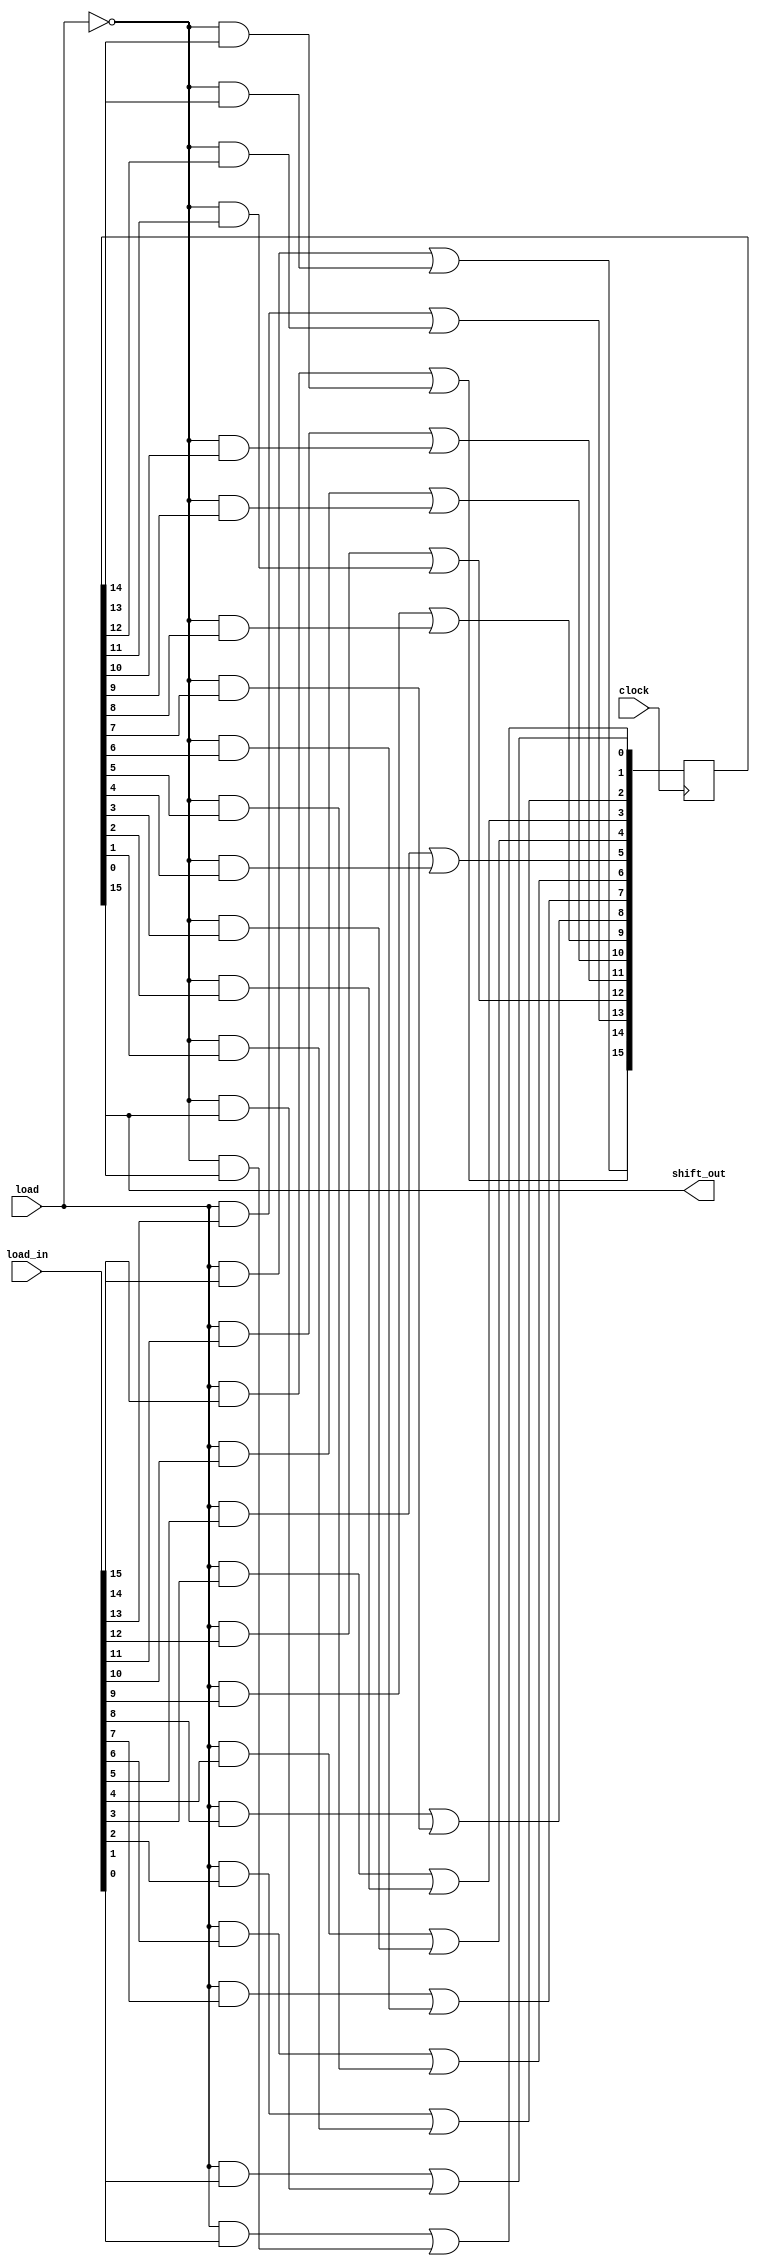
`timescale 1ns / 1ps
//////////////////////////////////////////////////////////////////////////////////
// Company: 
// Engineer: 
// 
// Design Name: 
// Module Name: circ_shift_reg_16bits
// Project Name: 
// Target Devices: 
// Tool Versions: 
// Description: 
// 
// Dependencies: 
// 
// Revision:
// Revision 0.01 - File Created
// Additional Comments:
// 
//////////////////////////////////////////////////////////////////////////////////


module circ_shift_reg_16bits(load_in, load, clock, shift_out);
    input   wire    [15:0]  load_in;
    input   wire    load, clock;
    output  wire    shift_out;
            wire    shift;
            reg     [15:0]  D;
    
    assign  shift = ~load;
            
    always@(posedge clock) begin
        D[15] <= (load & load_in[15]) | (shift & D[14]);
        D[14] <= (load & load_in[14]) | (shift & D[13]);
        D[13] <= (load & load_in[13]) | (shift & D[12]);
        D[12] <= (load & load_in[12]) | (shift & D[11]);
        D[11] <= (load & load_in[11]) | (shift & D[10]);
        D[10] <= (load & load_in[10]) | (shift & D[9]);
        D[9] <= (load & load_in[9]) | (shift & D[8]);
        D[8] <= (load & load_in[8]) | (shift & D[7]);
        D[7] <= (load & load_in[7]) | (shift & D[6]);
        D[6] <= (load & load_in[6]) | (shift & D[5]);
        D[5] <= (load & load_in[5]) | (shift & D[4]);
        D[4] <= (load & load_in[4]) | (shift & D[3]);
        D[3] <= (load & load_in[3]) | (shift & D[2]);
        D[2] <= (load & load_in[2]) | (shift & D[1]);
        D[1] <= (load & load_in[1]) | (shift & D[0]);
        D[0] <= (load & load_in[0]) | (shift & D[15]);
    end
    
    assign shift_out = D[15];
endmodule